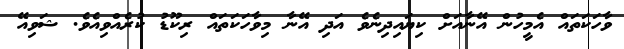
ވާހަކަތައް އެމީހުން އޭނާއަށް ކިޔައިދިނެވެ އަދި އޭނާ މިވާހަކަތައް ރިކޫޑު ކުރެއްވިއެވެ. ޝަވިއޭ